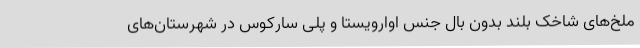
ملخ‌های شاخک بلند بدون بال جنس اوارویستا و پلی سارکوس در شهرستان‌های